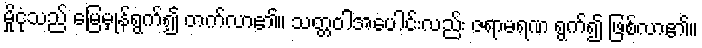
မှိုငုံသည် မြေမှုန်ရွက်၍ တက်လာ၏။ သတ္တဝါအပေါင်းလည်း ဇရာမရဏ ရွက်၍ ဖြစ်လာ၏။